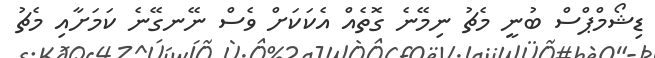
ޑިޝޯމްޕްސް ބުނީ މެޗު ނިމޭނެ ގޮތެއް އެކަކަށް ވެސް ނޭނގޭނެ ކަމަށާއި މެޗު